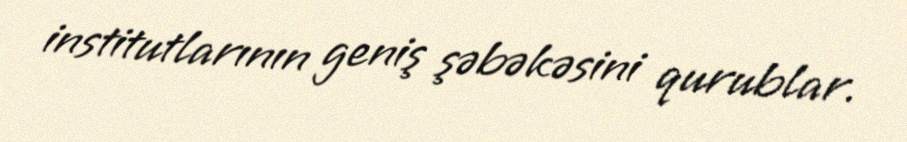
institutlarının geniş şəbəkəsini qurublar.